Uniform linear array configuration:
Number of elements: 8
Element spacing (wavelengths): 0.25
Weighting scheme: hamming
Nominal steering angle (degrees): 60
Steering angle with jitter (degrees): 58.318
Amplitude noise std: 0.05
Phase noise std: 0.05

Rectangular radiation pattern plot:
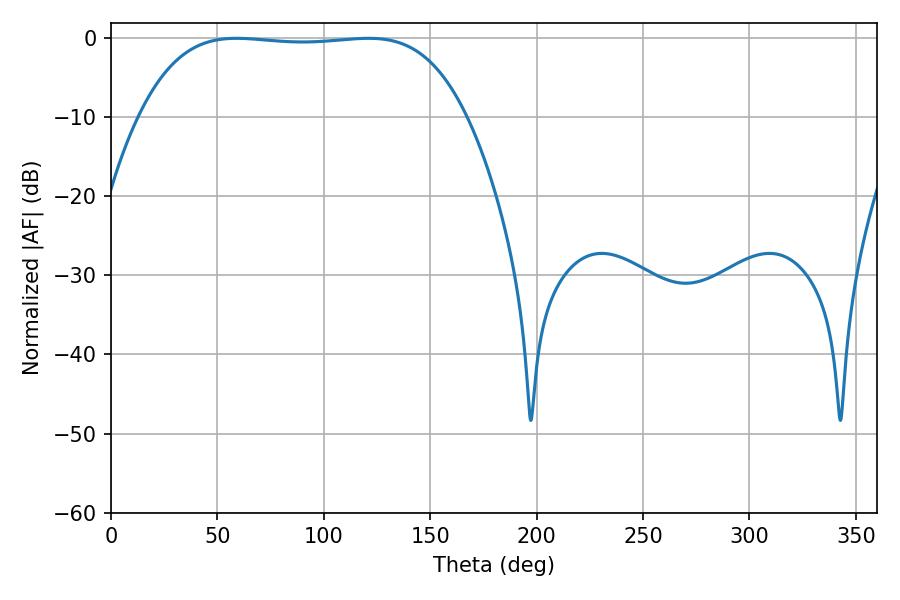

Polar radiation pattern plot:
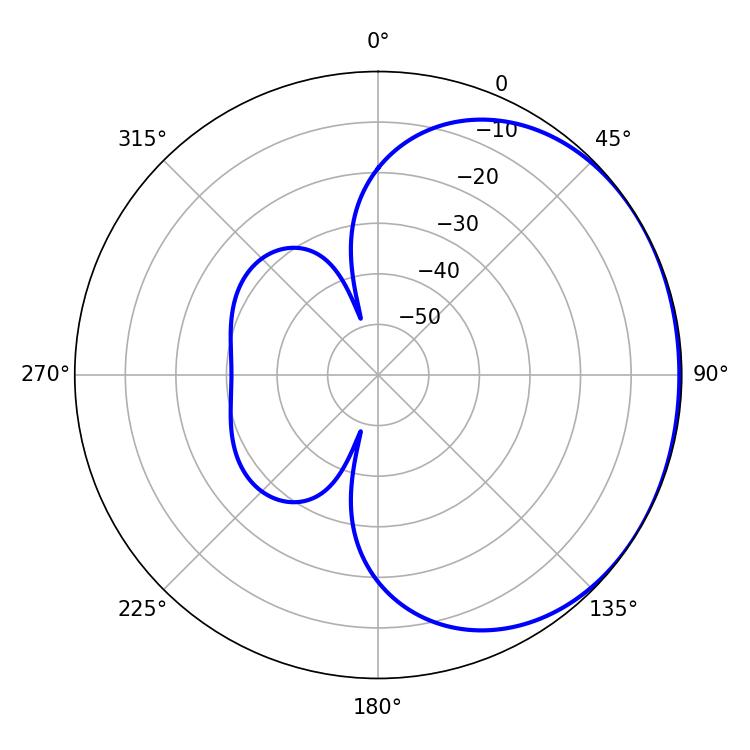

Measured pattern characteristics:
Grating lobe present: FALSE
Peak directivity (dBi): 0.862
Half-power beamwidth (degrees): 119.88
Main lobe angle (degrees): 59.04